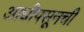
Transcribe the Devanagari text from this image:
आधीपसूनची